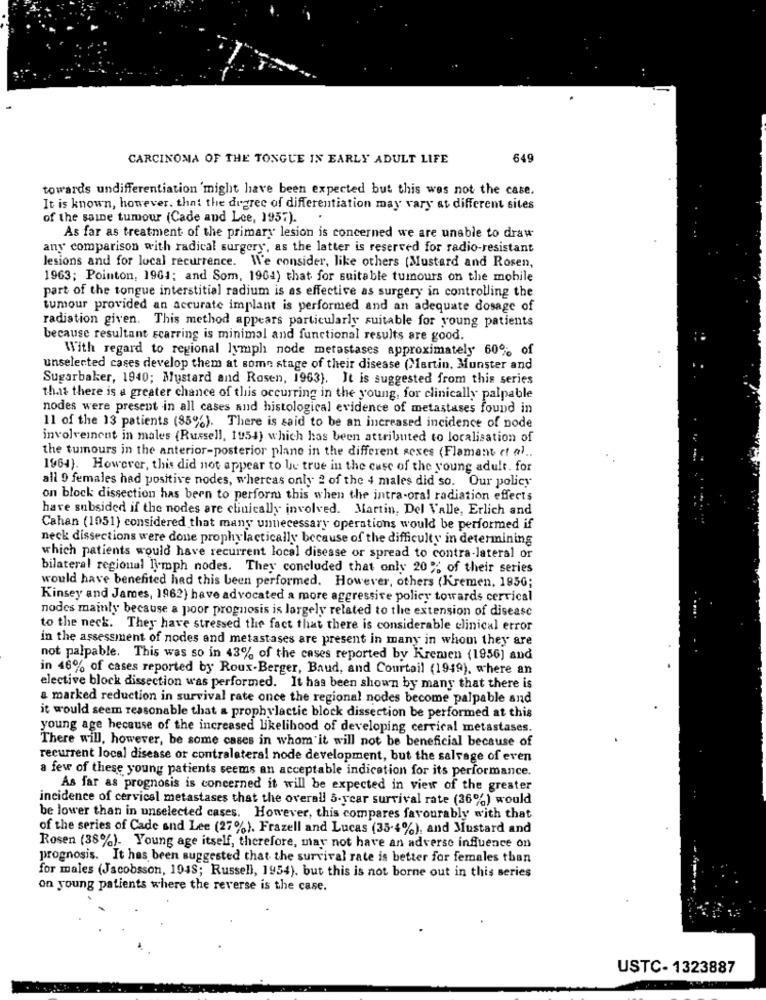
CARCINOMA OF THE TONGUE IN EARLY ADULT LIFE
649
towards undifferentiation might have been expected but this was not the case.
It is known, however, that the degree of differentiation may vary at different sites
of the saine tumour (Cade and Lee, 1957).
As far as treatment of the primary lesion is concerned we are unable to draw
any comparison with radical surgery, as the latter is reserved for radio-resistant
lesions and for local recurrence. We consider, like others [Mustard and Rosen,
1963; Pointon, 1961; and Som, 1964) that for suitable tumours on the mobile
part of the tongue interstitial radium is as effective as surgery in controlling the
tumour provided an accurate implant is performed and an adequate dosage of
radiation given. This method appears particularly suitable for young patients
because resultant scarring is minimal and functional results are good.
With regard to regional lymph node metastases approximately 60% of
unselected cases develop them at some stage of their disease (Martin, Munster and
Sugarbaker, 1940; Mustard and Rosen, 1963). It is suggested from this series
that there is a greater chance of this occurring in the young, for clinically palpable
nodes were present in all cases and histological evidence of metastases found in
11 of the 13 patients (85%). There is said to be an increased incidence of node
involvement in males (Russell, 1954) which has been attributed to localisation of
the tumours in the anterior-posterior plane in the different sexes (Flamant et al ..
1964). However, this did not appear to be true in the case of the young adult. for
all 9 females had positive nodes, whereas only 2 of the 4 males did so. Our policy
on block dissection has been to perform this when the intra-oral radiation effects
have subsided if the nodes are clinically involved. Martin, Del Valle, Erlich and
Cahan (1951) considered that many unnecessary operations would be performed if
neck dissections were done prophylactically because of the difficulty in determining
which patients would have recurrent local disease or spread to contra-lateral or
bilateral regional lymph nodes. They concluded that only 20% of their series
would have benefited had this been performed. However, others (Kremen. 195G;
Kinsey and James, 1962) have advocated a more aggressive policy towards cervical
nodes mainly because a poor prognosis is largely related to the extension of disease
to the neck. They have stressed the fact that there is considerable clinical error
in the assessment of nodes and metastases are present in many in whom they are
not palpable. This was so in 43% of the cases reported by Kremen (1956) and
in 46% of cases reported by Roux-Berger, Baud, and Courtail (1949), where an
elective block dissection was performed. It has been shown by many that there is
a marked reduction in survival rate once the regional nodes become palpable and
it would seem reasonable that a prophylactic block dissection be performed at this
young age hecause of the increased likelihood of developing cervical metastases.
There will, however, be some cases in whom it will not be beneficial because of
recurrent local disease or contralateral node development, but the salvage of even
a few of these young patients seems an acceptable indication for its performance.
As far as prognosis is concerned it will be expected in view of the greater
incidence of cervical metastases that the overall 5-year survival rate (36%) would
be lower than in unselected cases. However, this compares favourably with that
of the series of Cade and Lee (27%). Frazell and Lucas (35-4%), and Mustard and
Rosen (38%). Young age itself, therefore, may not have an adverse influence on
prognosis. It has been suggested that the survival rate is better for females than
for males (Jacobsson, 1948; Russell, 1954). but this is not borne out in this series
on young patients where the reverse is the case.
USTC- 1323887